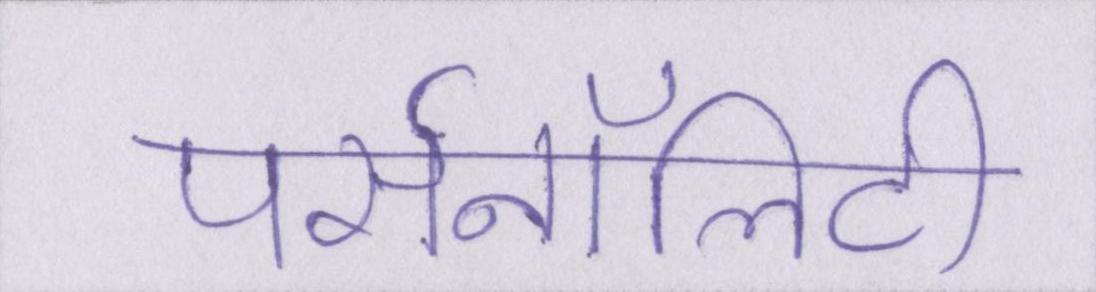
पर्सनॉलिटी